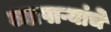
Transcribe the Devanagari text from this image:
व्यापाऱ्यांचे